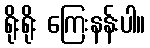
ရိုးရိုး ကြေးနန်းပါ။